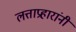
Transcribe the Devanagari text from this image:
लत्ताप्रहारांनी